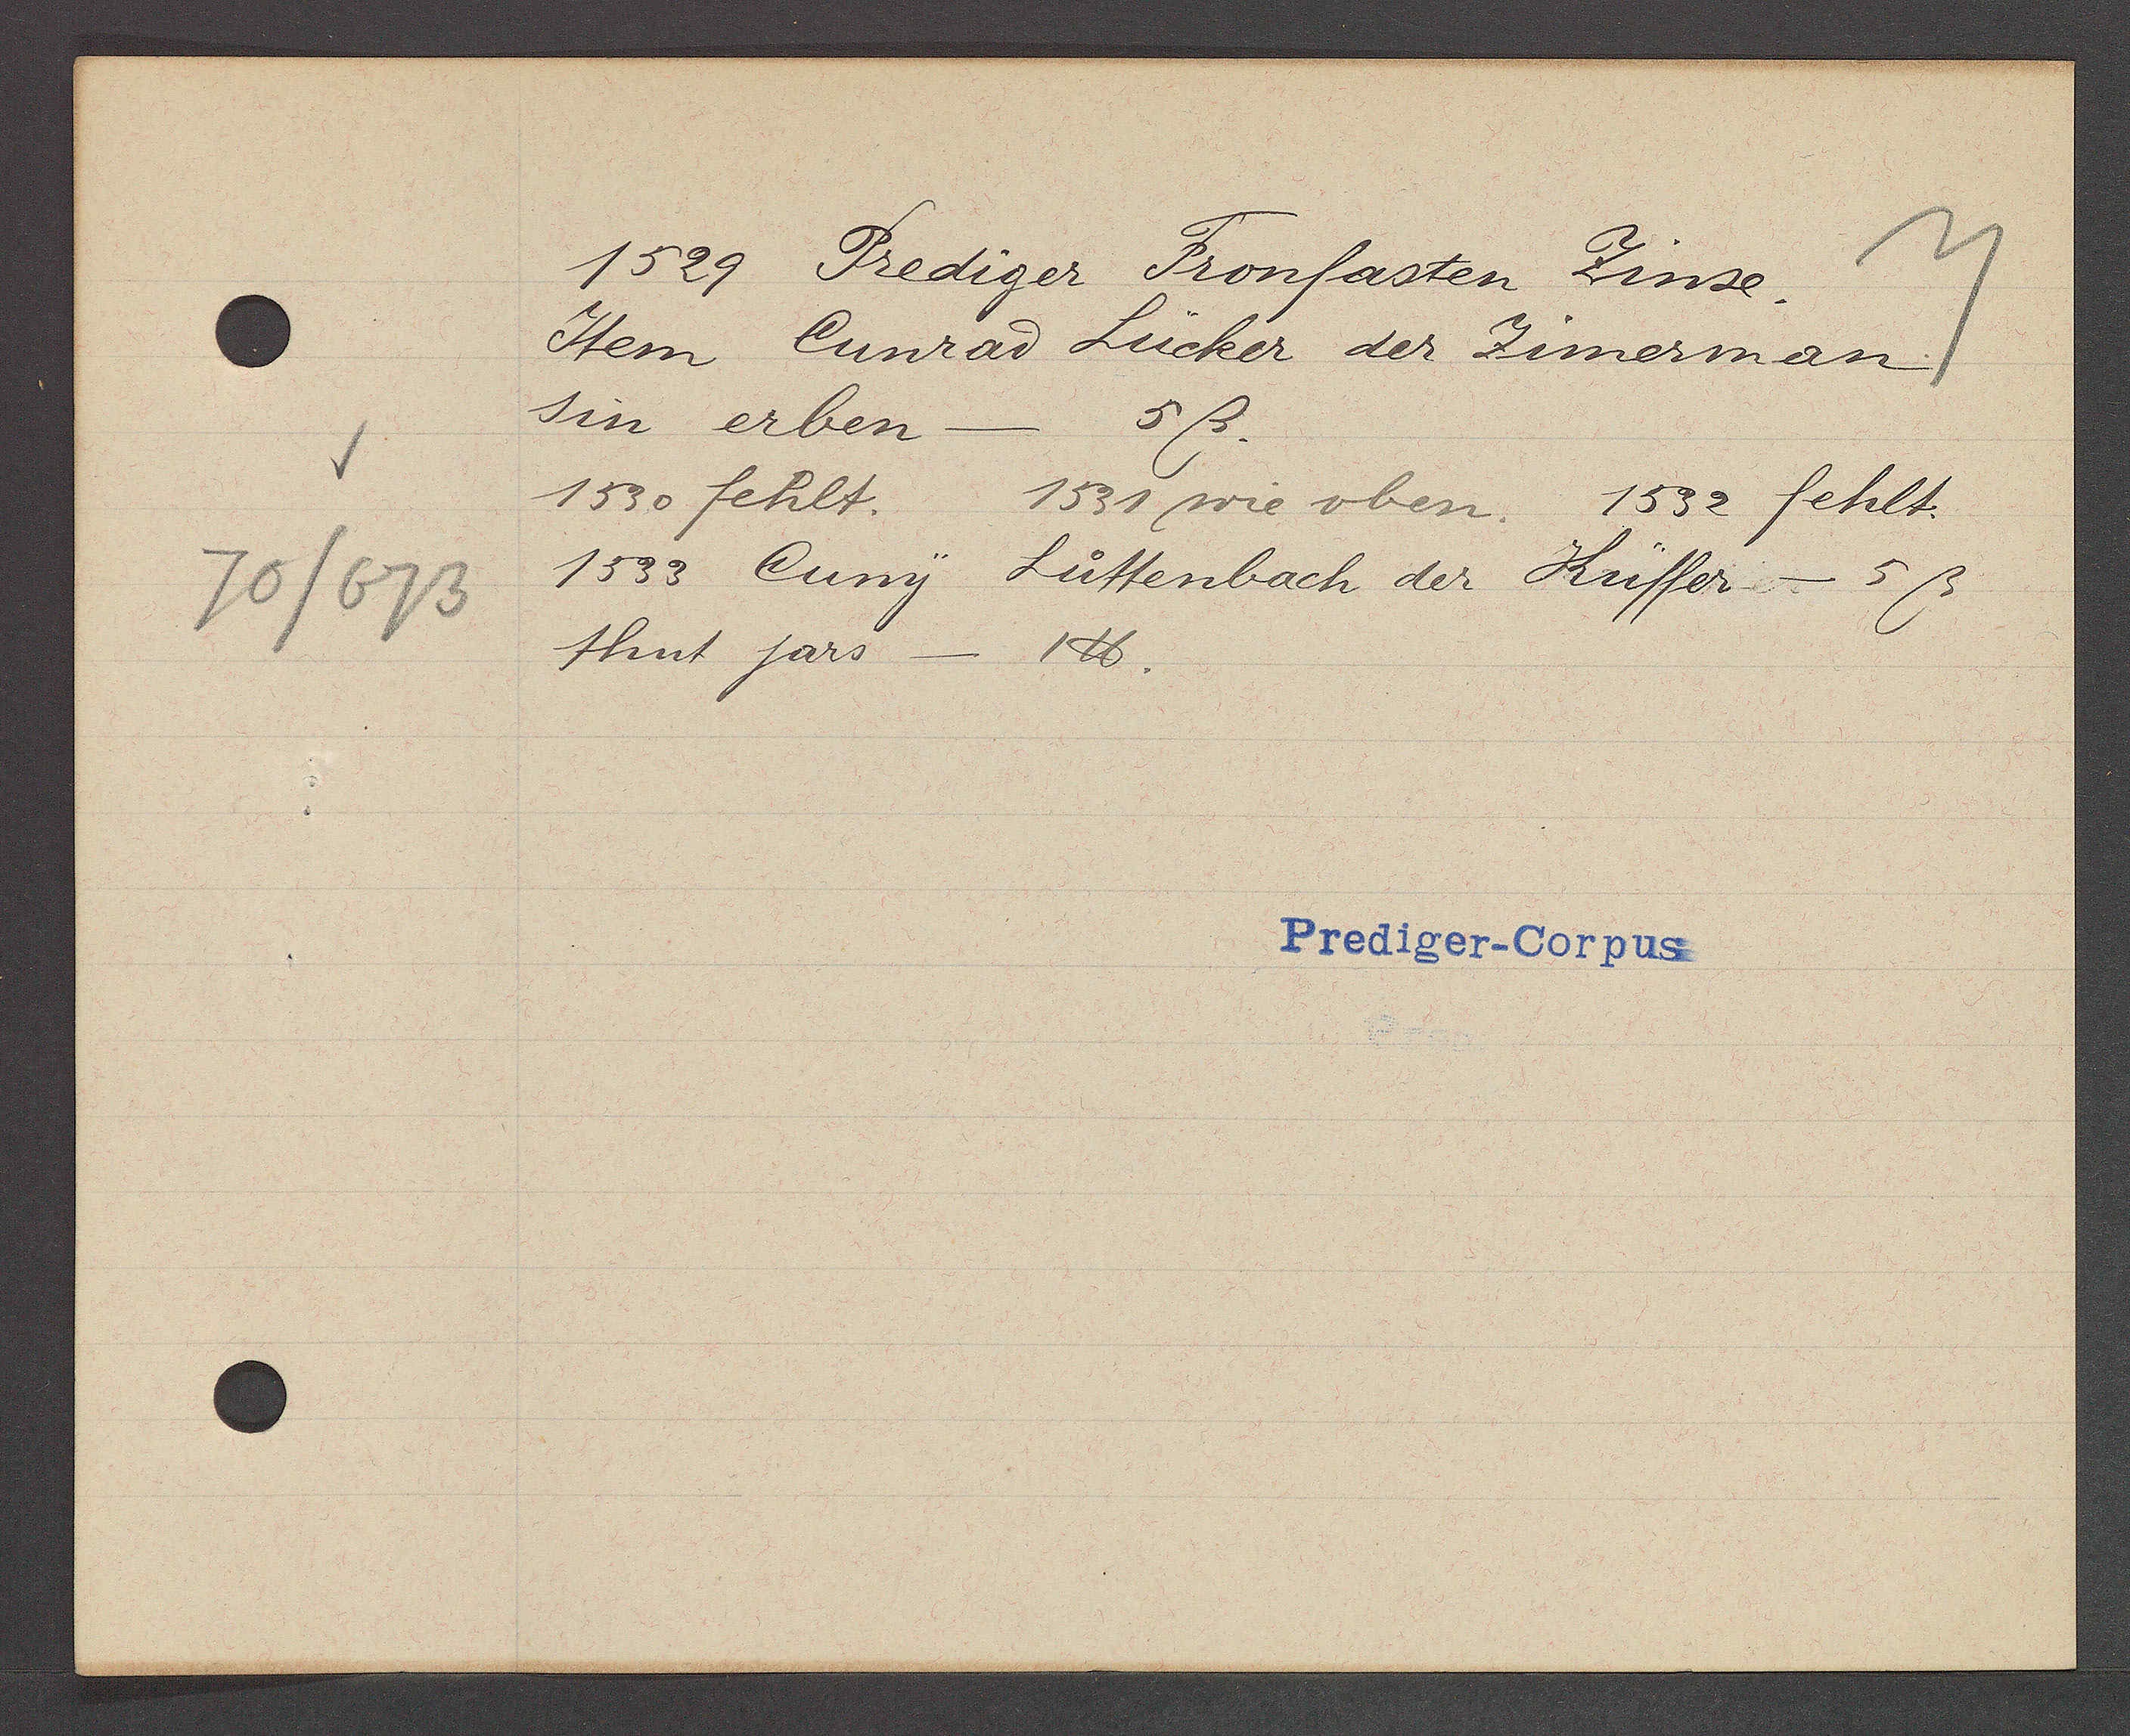
Transcript:
70/673

1529 Prediger Fronfasten Zinse.

Item Cunrad Lücker der Zimerman
sin erben
5ß.
1530 fehlt.
1531 wie oben.
1532 fehlt.
1533 Cuny.
Lüttenbach der Küffer - 5ß
thut jars.
1℔.

Prediger-Corpus.